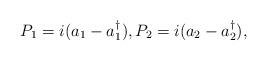
\begin{align*}P_1=i(a_1-a_1^{\dagger}),P_2=i(a_2-a_2^{\dagger}),\end{align*}